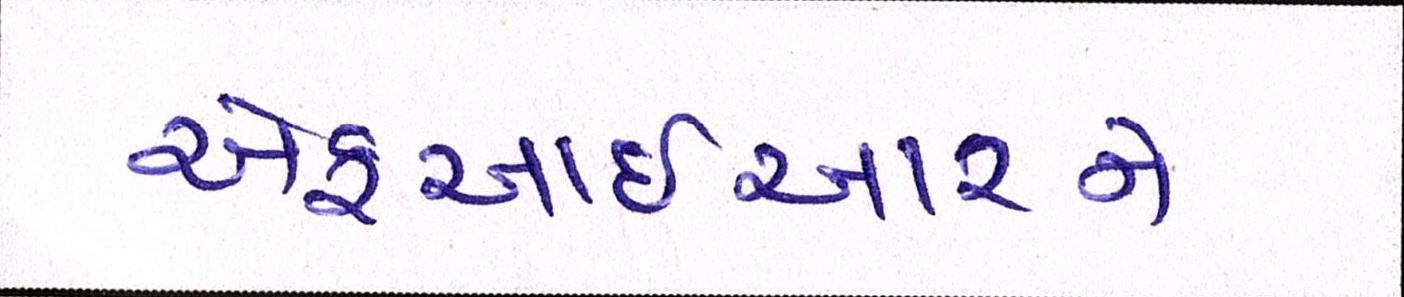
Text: એફઆઈઆરને